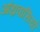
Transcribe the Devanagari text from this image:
आंध्रवासियों